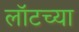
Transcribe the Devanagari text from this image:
लॉटच्या